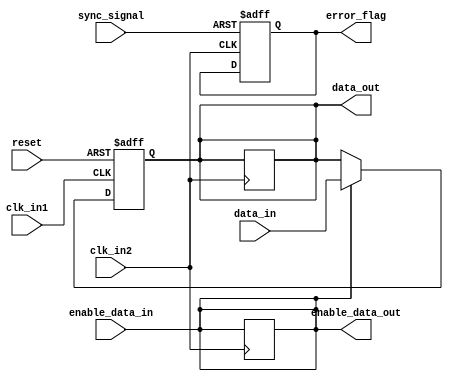
module bypass_register(

input wire clk_in1,
input wire clk_in2,

// data input
input wire [7:0] data_in,
input wire enable_data_in,

// data output
output reg [7:0] data_out,
output reg enable_data_out,

// synchronization and control signals
input wire sync_signal,
input wire reset,

// error checking and correction logic
output reg error_flag,

);

reg [7:0] data_buffer;

always @(posedge clk_in1 or posedge reset) begin
if (reset) begin
data_buffer <= 8'b0;
end else begin
if (enable_data_in) begin
data_buffer <= data_in;
end
end
end

assign data_out = data_buffer;
assign enable_data_out = enable_data_in;

always @(posedge clk_in2 or posedge sync_signal) begin
if (sync_signal) begin
data_out <= data_buffer;
enable_data_out <= enable_data_in;
error_flag <= 1'b0;
end
end

// additional error checking and correction logic here

endmodule